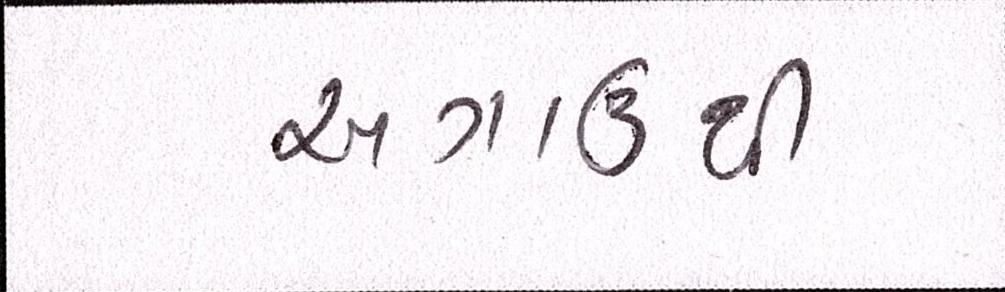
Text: અગાઉથી